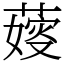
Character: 𦺋